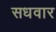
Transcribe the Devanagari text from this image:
सधवार